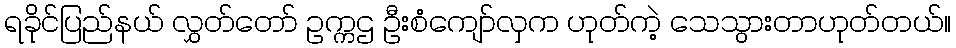
ရခိုင်ပြည်နယ် လွှတ်တော် ဥက္ကဌ ဦးစံကျော်လှက ဟုတ်ကဲ့ သေသွားတာဟုတ်တယ်။